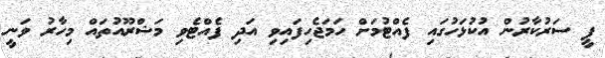
ޕީ ސަރުކާރުން އުކުޅަހުގައި ފެއްޓުމަށް ހަމަޖެހިފައިވި އަދި ފެއްޓެވި މަޝްރޫއުތައް މިހާރު ވަނީ